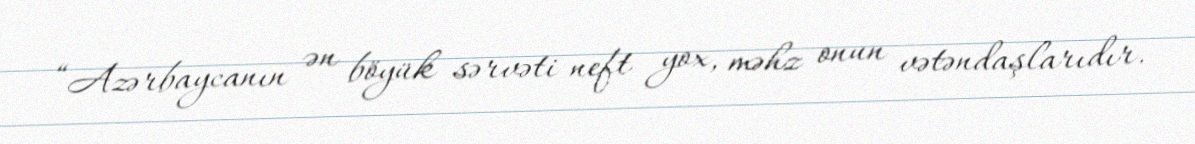
“Azərbaycanın ən böyük sərvəti neft yox, məhz onun vətəndaşlarıdır.